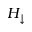
H _ { \downarrow }